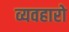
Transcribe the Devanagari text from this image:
व्यवहारो